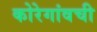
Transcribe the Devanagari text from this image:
कोरेगांवची